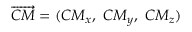
\overrightarrow { C M } = ( C M _ { x } , ~ C M _ { y } , ~ C M _ { z } )